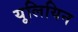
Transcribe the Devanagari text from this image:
यूलियिन